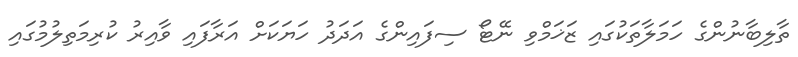
ތާލިބާނުންގެ ހަމަލާތަކުގައި ޒަޚަމްވި ނޭޓޯ ސިފައިންގެ އަދަދު ހަޔަކަށް އަރާފައި ވާއިރު ކުރިމަތިލުމުގައި